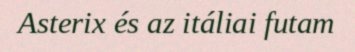
Asterix és az itáliai futam